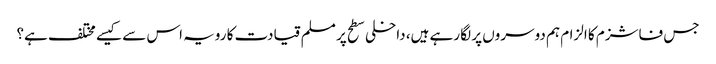
جس فاشزم کا الزام ہم دوسروں پر لگا رہے ہیں، داخلی سطح پر مسلم قیادت کا رویہ اس سے کیسے مختلف ہے؟